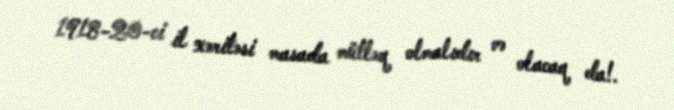
1918-20-ci il xəritəsi masada mütləq olmalıdır və olacaq da!.